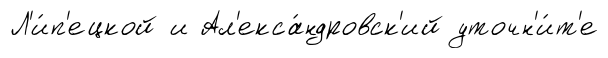
Л'и́п'ецкой и Ал'екса́ндровск'ий уточн'и́т'е